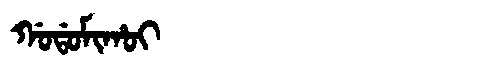
Manchu: ᡤᠣᡩᠣᠮᡳᡥᠣᡳ
Romanization: GODOMIHOI